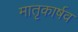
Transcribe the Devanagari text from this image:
मातृकार्षव